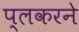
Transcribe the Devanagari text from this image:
प्लकरने